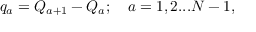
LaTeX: q _ { a } = Q _ { a + 1 } - Q _ { a } ; \quad a = { 1 , 2 . . . N - 1 } ,